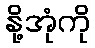
နို့အုံကို